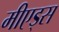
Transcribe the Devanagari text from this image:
मीएड्स